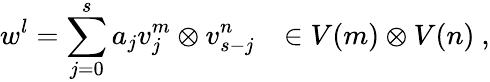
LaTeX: w^{l}=\sum_{j=0}^{s}a_{j}v_{j}^{m}\otimes v_{s-j}^{n}~~~\in V(m)\otimes V(n)~,